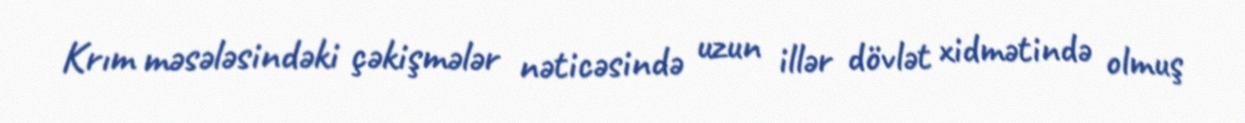
Krım məsələsindəki çəkişmələr nəticəsində uzun illər dövlət xidmətində olmuş